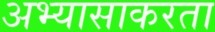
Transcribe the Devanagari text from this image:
अभ्यासाकरता